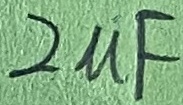
Text: 2µF